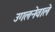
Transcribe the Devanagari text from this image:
उगलनेवाले